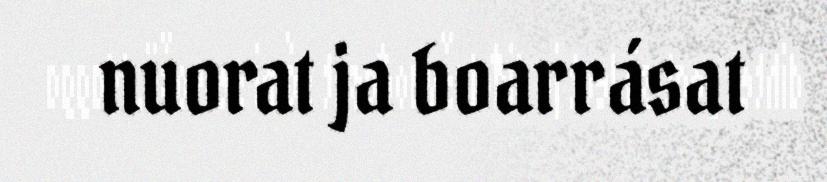
nuorat ja boarrásat